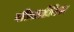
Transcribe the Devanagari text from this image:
परिवारप्रेमिका